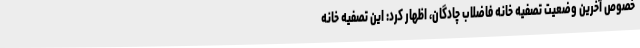
خصوص آخرین وضعیت تصفیه خانه فاضلاب چادگان، اظهار کرد: این تصفیه خانه